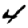
Digit: 4